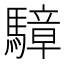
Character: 騿